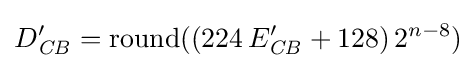
D'_{\mathit {CB}}={\mbox{round}}((224\,E'_{\mathit {CB}}+128)\,2^{n-8})